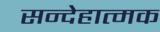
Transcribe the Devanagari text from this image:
सन्देहात्मक